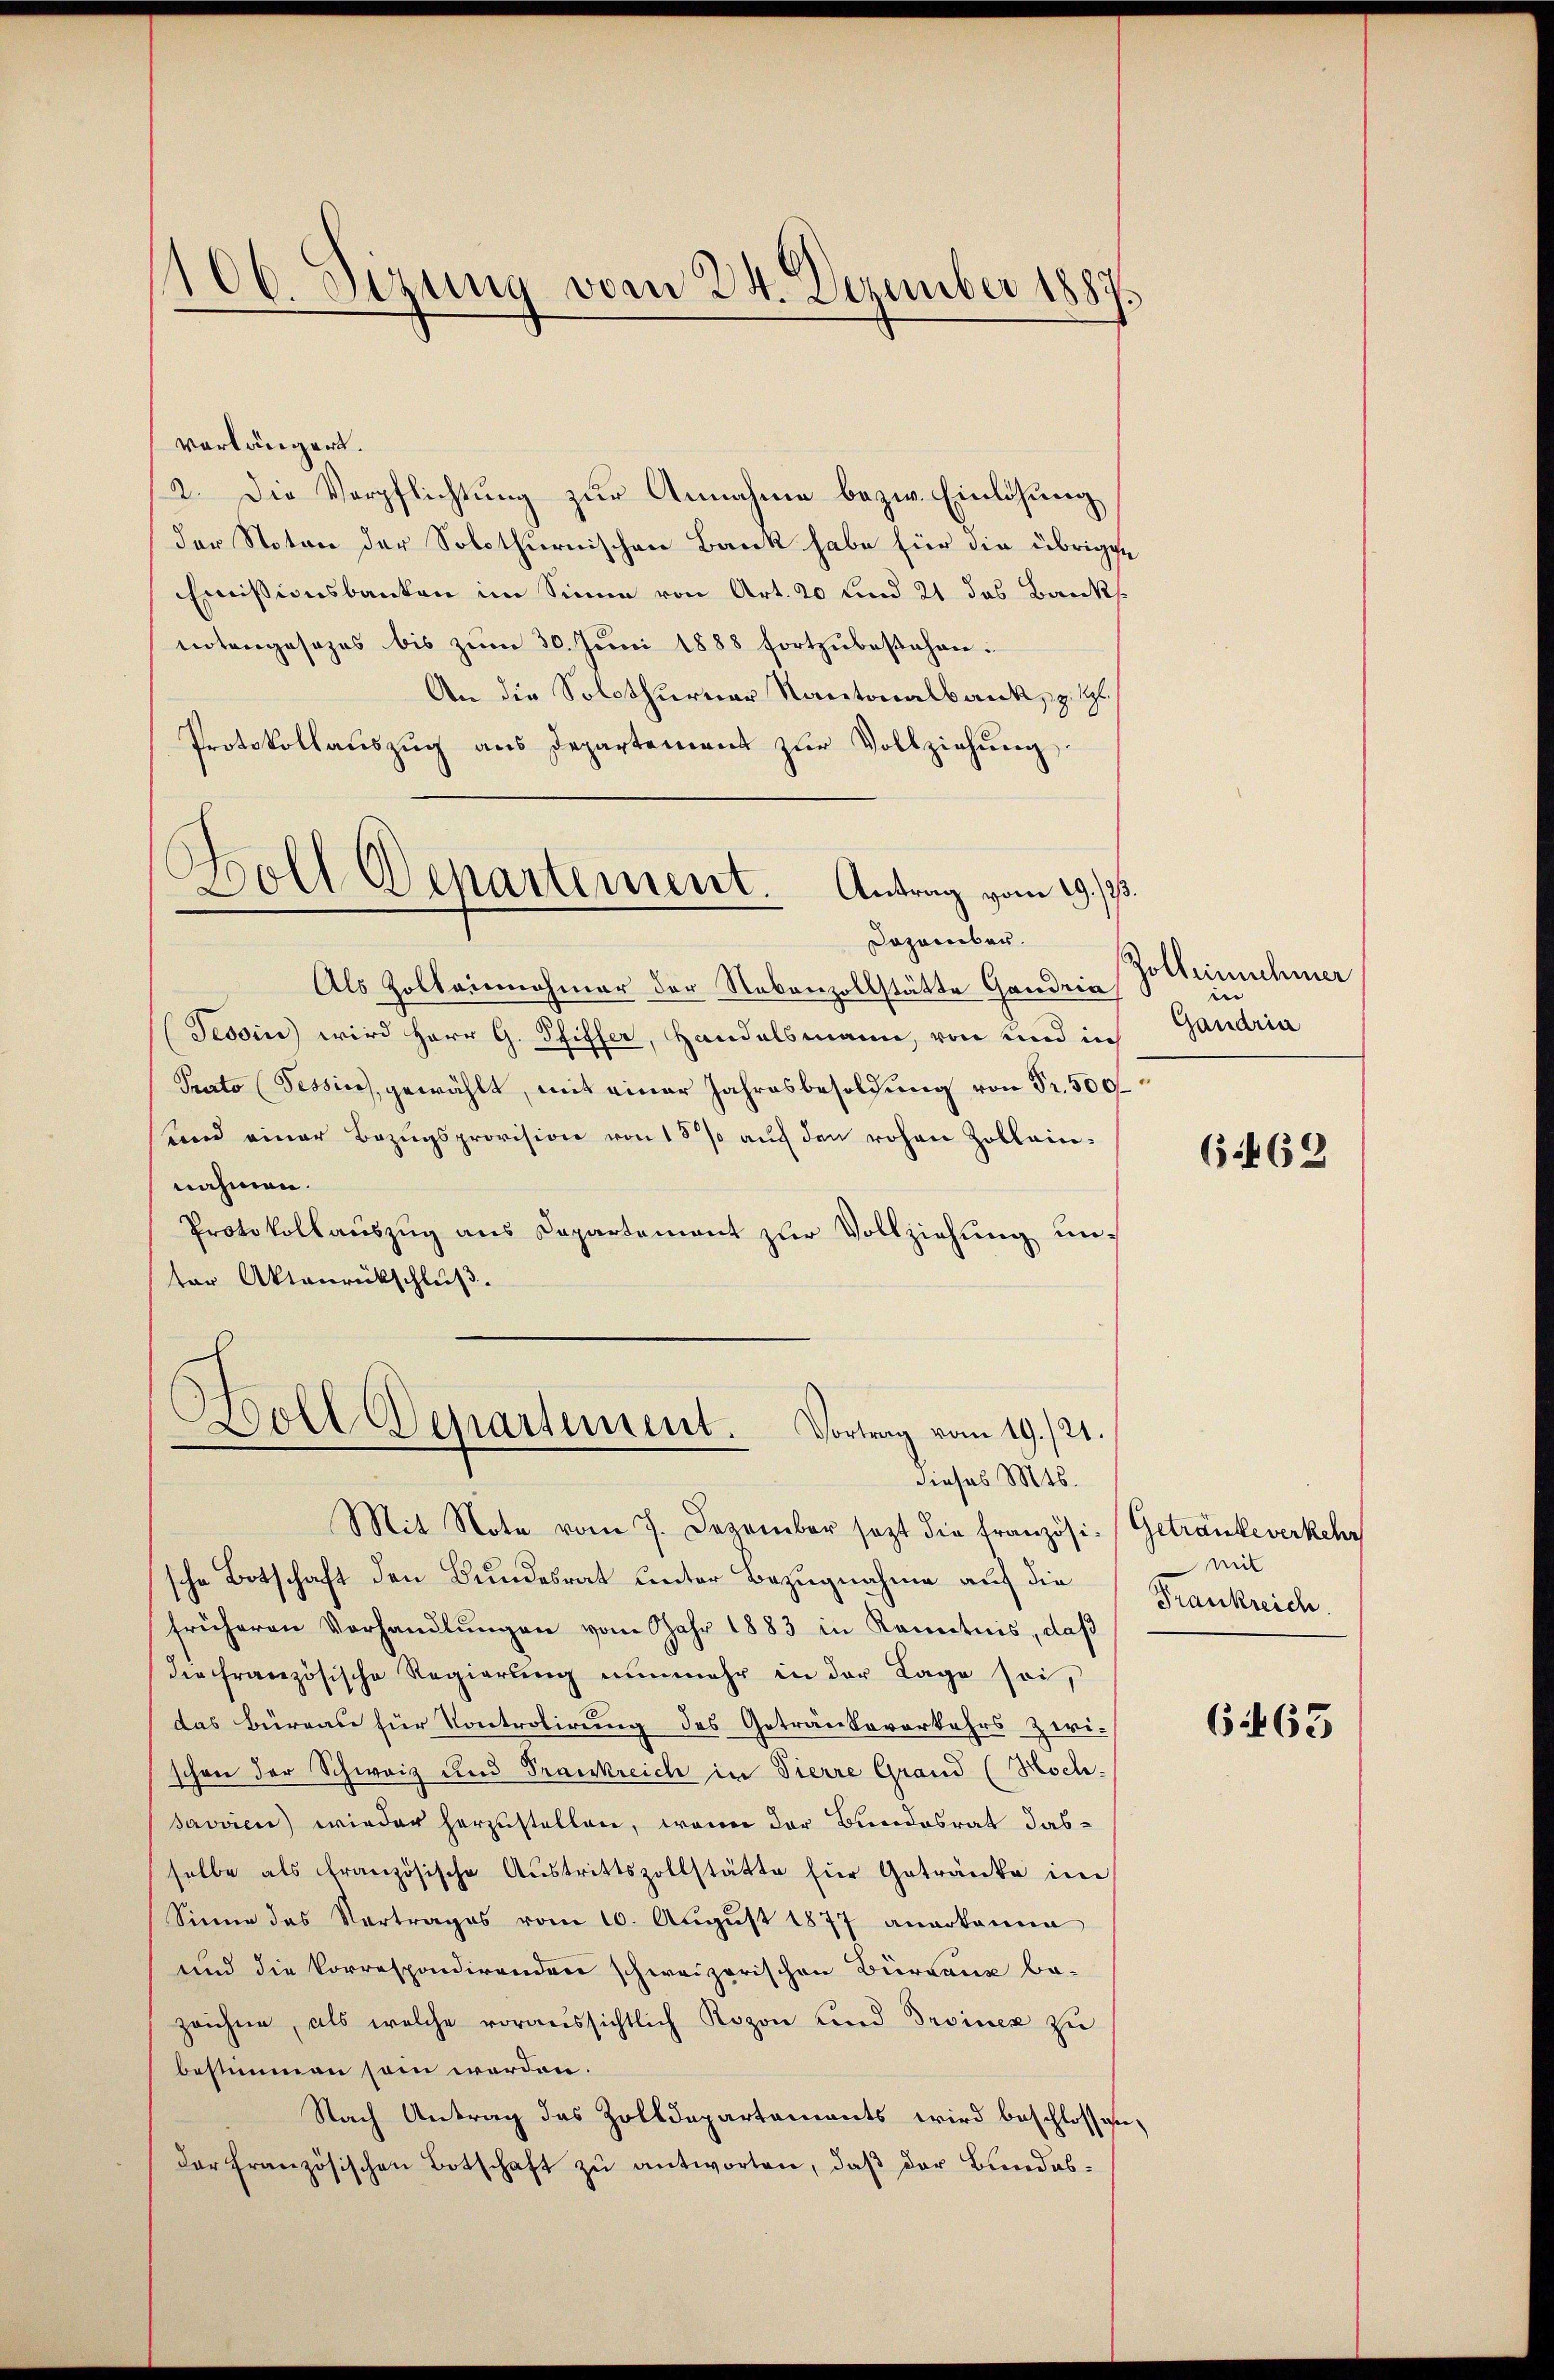
vorlängert.
2. Die Verpflichtung zur Annahme bezw. Einlösung
der Noton der Solothurnischen Bank habe für die übrigen
Emissionsbanken im Sinne von Art. 20 und 21 das Banksnotengesezes bis zum 30. Juni 1888 fortzubestehen.
An die Solothurner Kantonalbank, z. Tl.
Protokollauszug aus Departement zur Vollziehung.
Boll Departement. Antrag vom 29. /.

106. Sezung vom 24. Dezember 1889.

Dozamber.

Als Zolleinnahmer der Nebenzollstätte Gandria
Tessin wird Herr G. Pfiffer, Handelsmann, von und in
Prato (Tessin, gewählt, mit einer Jahresbesoldung von Fr. 500
Lord einer Bezugsprovision von 15 % auf den rohen Zolleinnahmen.
Protokollauszug aus Capartement zur Vollziehung unter Aktenrückschluß.

Boll Departement. Vortrag vom 19. 121.
dieses Mts.

Mit Note vom 7. Dezember sezt die Französi-Getränkeverkehr
sche Botschaft den Bundesrat unter Bezugnahme auf die
früheren Verhandlŭngen vom Jahr 1883 in Kenntnis, daß
die Französische Regierung nunmehr in der Lage sei,
das Büreau für Kontrolirung des Getränkovorkehrs zwi-
schon der Schweiz und Trankreich in Tierre Grand (Hoch
savvien) wieder herzustellen, wenn der Bundesrat dasselbe als französische Aŭstrittszollstätte für Getränke im
Sinne das Vertrages vom 10. Aŭgŭst 1877 anerkanne
und die Correspondirenden schweizerischen Büreaux be-
zeichne, als welche voraussichtlich Rozon und Droinex zu
bestimmen sein werden.
Nach Antrag das Zolldepartements wird beschlossen,
der französischen Botschaft zu antworten, daß der Bundes¬

Holbeinnehmer
e
Gandrin

6.469

mit
Frankreich

6. 463